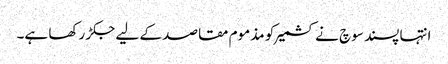
انتہا پسند سوچ نے کشمیر کو مذموم مقاصد کے لیے جکڑ رکھا ہے۔